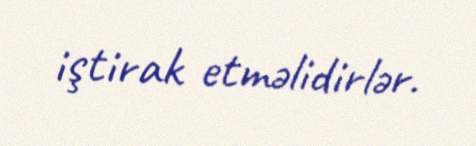
iştirak etməlidirlər.